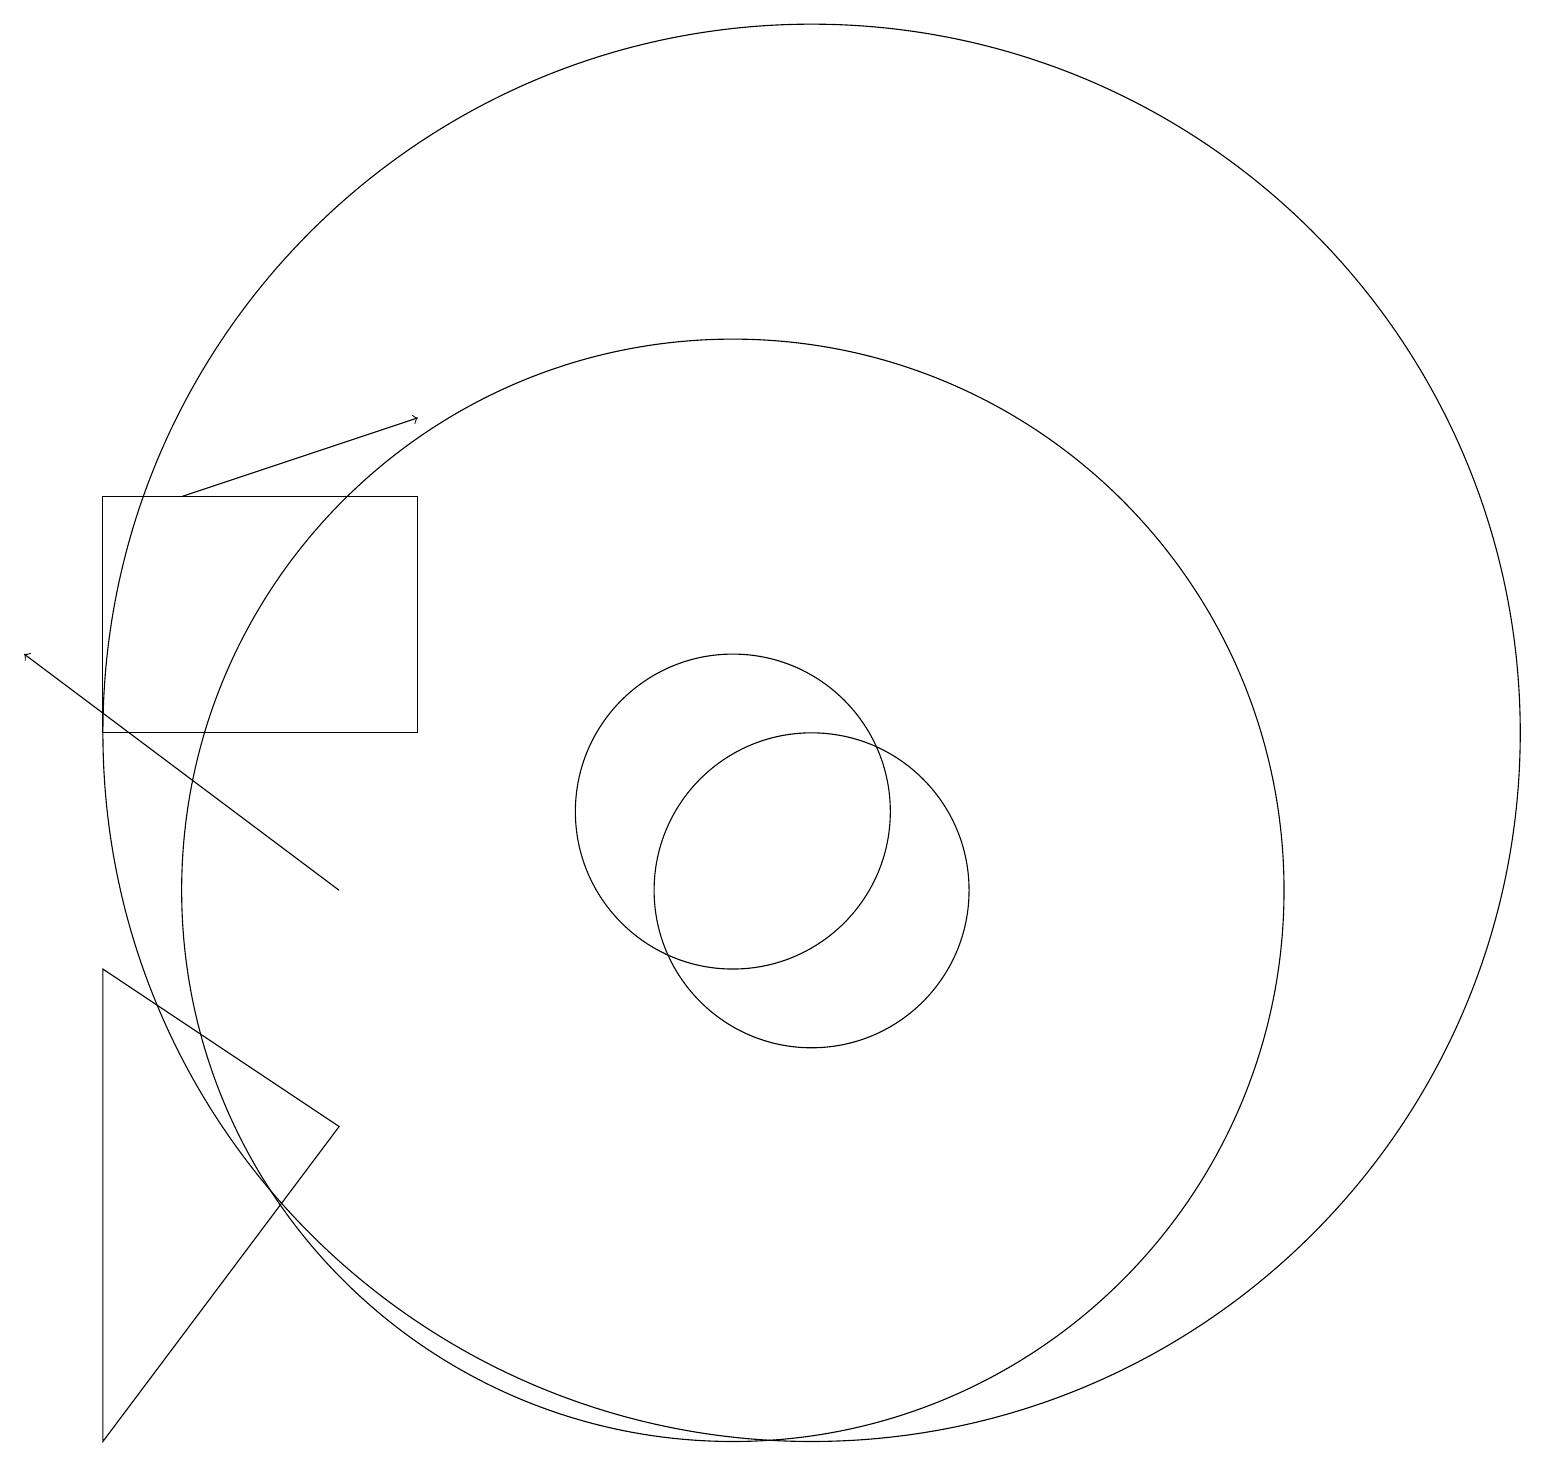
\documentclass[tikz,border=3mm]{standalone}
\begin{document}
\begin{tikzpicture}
\draw (6,7) -- (3,3) -- (3,9) -- cycle;
\draw (12,10) circle (2);
\draw (3,12) rectangle (7,15);
\draw[->] (6,10) -- (2,13);
\draw (11,11) circle (2);
\draw (11,10) circle (7);
\draw[->] (4,15) -- (7,16);
\draw (12,12) circle (9);
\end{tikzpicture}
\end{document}